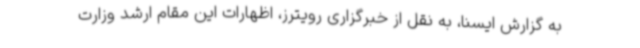
به گزارش ایسنا، به نقل از خبرگزاری رویترز، اظهارات این مقام ارشد وزارت